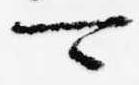
可